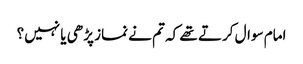
امام سوال کرتے تھے کہ تم نے نماز پڑھی یا نہیں؟